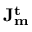
\mathbf { J _ { m } ^ { t } }